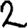
Digit: 2